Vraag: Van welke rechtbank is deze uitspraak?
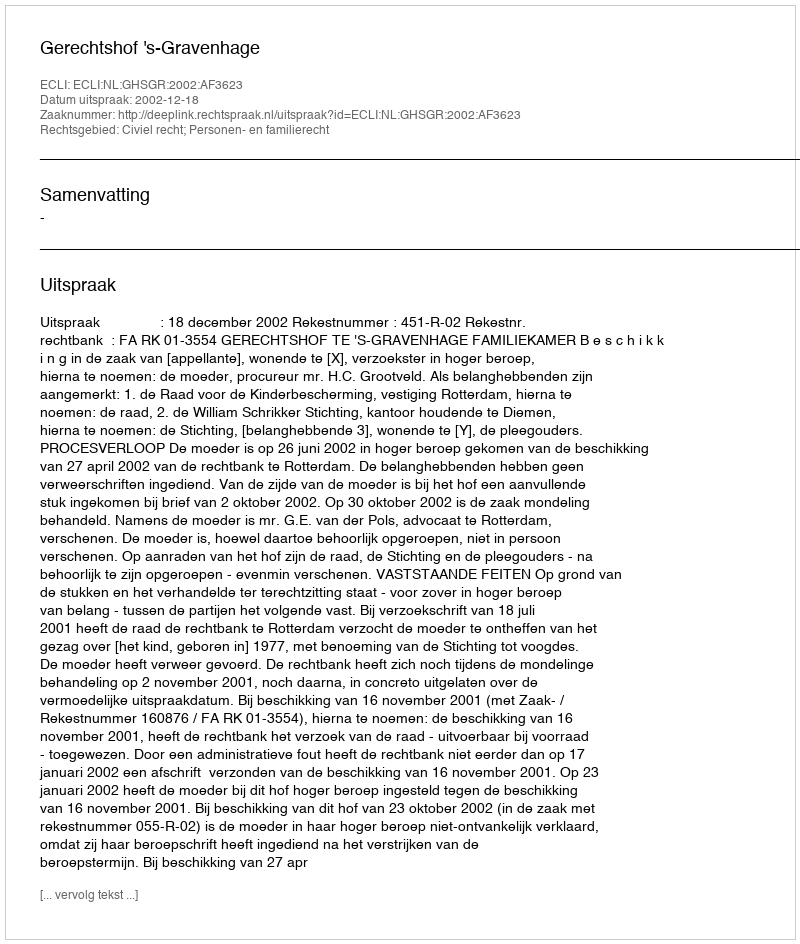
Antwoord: Gerechtshof 's-Gravenhage